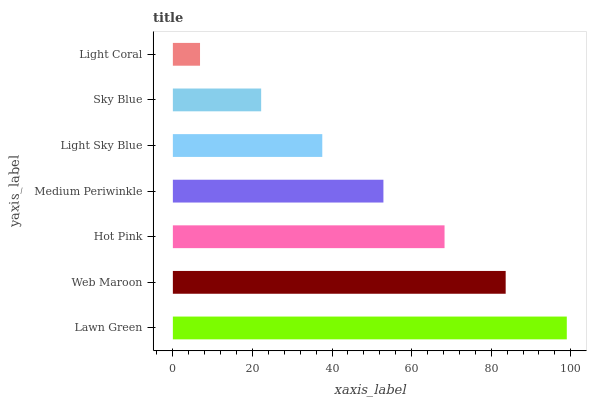
| yaxis_label | bars |
 | --- | --- |
 | Lawn Green | 99 |
 | Web Maroon | 83.6 |
 | Hot Pink | 68.3 |
 | Medium Periwinkle | 52.9 |
 | Light Sky Blue | 37.6 |
 | Sky Blue | 22.2 |
 | Light Coral | 6.83 |